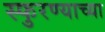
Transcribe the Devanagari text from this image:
स्फुरण्याच्या